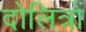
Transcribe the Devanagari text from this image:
दोलित्रों